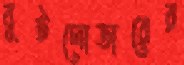
বুটলোডারের